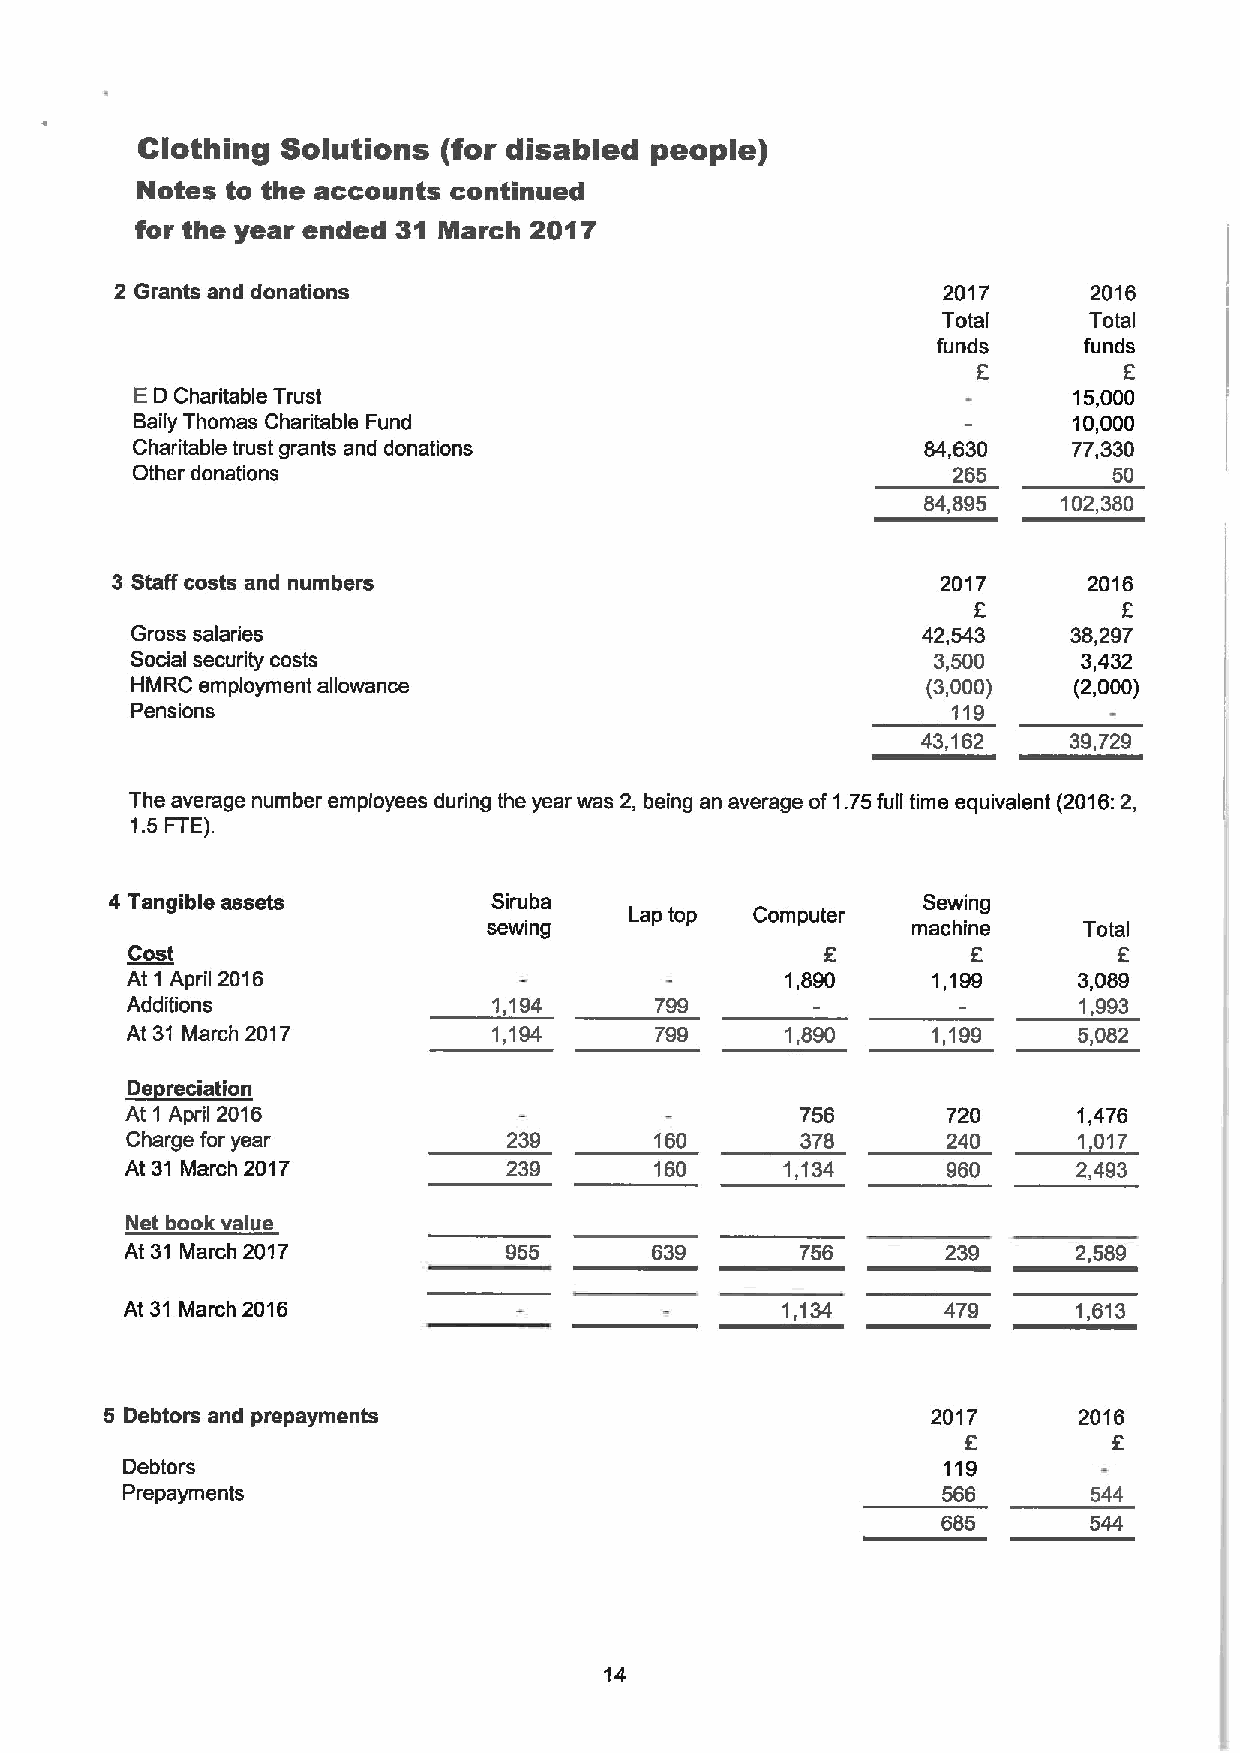
Clothing  Solutions (for disabled people)
 Notes to the accounts continued
 for the year ended 31 March 2017
 2 Grants and donations                                2017      2016
 Total     Total
 funds     funds
 E        E
 ED Charitable Trust                                           15,000
 Baily Thomas Charitable Fund                                  10,000
 Charitable trust grants and donations               84,630    77,330
 Other donations                                       265        50
 84,895   102,380
 3 Staff costs and numbers                              2017      2016
 f
 Gross salaries                                      42,543    38,297
 Social security costs                                3,500     3,432
 HMRC employment allowance                           (3,000)   (2,000)
 Pensions                                              119
 43,162    39,729
 The average number employees during the year was 2, being an average of1.75full time equivalent (2016:2,
 1.5 FTE).
 4 Tangible assets         Siruba                      Sewing
 Lap top Computer
 sewing                      machine     Total
 Cost                                                    E         6
 At 1 April 2016                             1,890     1,199    3,089
 Additions                1,194     799                         1,993
 At 31 March 2017         1,194     799      1,890     1,199    5,082
 ~oi
 9
 At 1 April 2016                              756       720     1,476
 Charge for year           239      160       378       240     1 017
 At 31 March 2017          239      160      1,134      960     2,493
 Net book value
 At 31 March 2017         955       639       756       239     2,589
 At 31 March 2016                            1,134      479     1,613
 5 Debtors and prepayments                              2017     2016
 E
 Debtors                                               119
 Prepayments                                           566       544
 685       544